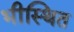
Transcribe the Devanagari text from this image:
भीस्थित